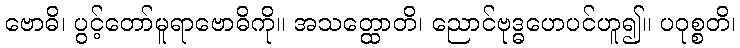
ဗောဓိ၊ ပွင့်တော်မူရာဗောဓိကို။ အသတ္ထောတိ၊ ညောင်ဗုဒ္ဓဟေပင်ဟူ၍။ ပဝုစ္စတိ၊